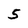
Character: 5